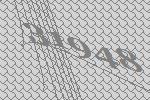
31948